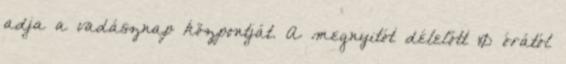
adja a vadásznap központját. A megnyitót délelőtt 10 órától